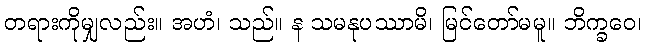
တရားကိုမျှလည်း။ အဟံ၊ သည်။ န သမနုပဿာမိ၊ မြင်တော်မမူ။ ဘိက္ခဝေ၊